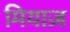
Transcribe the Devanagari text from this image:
मियाज़